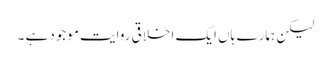
لیکن ہمارے ہاں ایک اخلاقی روایت موجودہے ۔